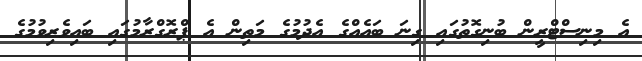
އެ މިނިސްޓްރީން ބުނިގޮތުގައި ގިނަ ބައެއްގެ އެދުމުގެ މަތިން އެ ޕްރޮގްރާމުގައި ބައިވެރިވުމުގެ